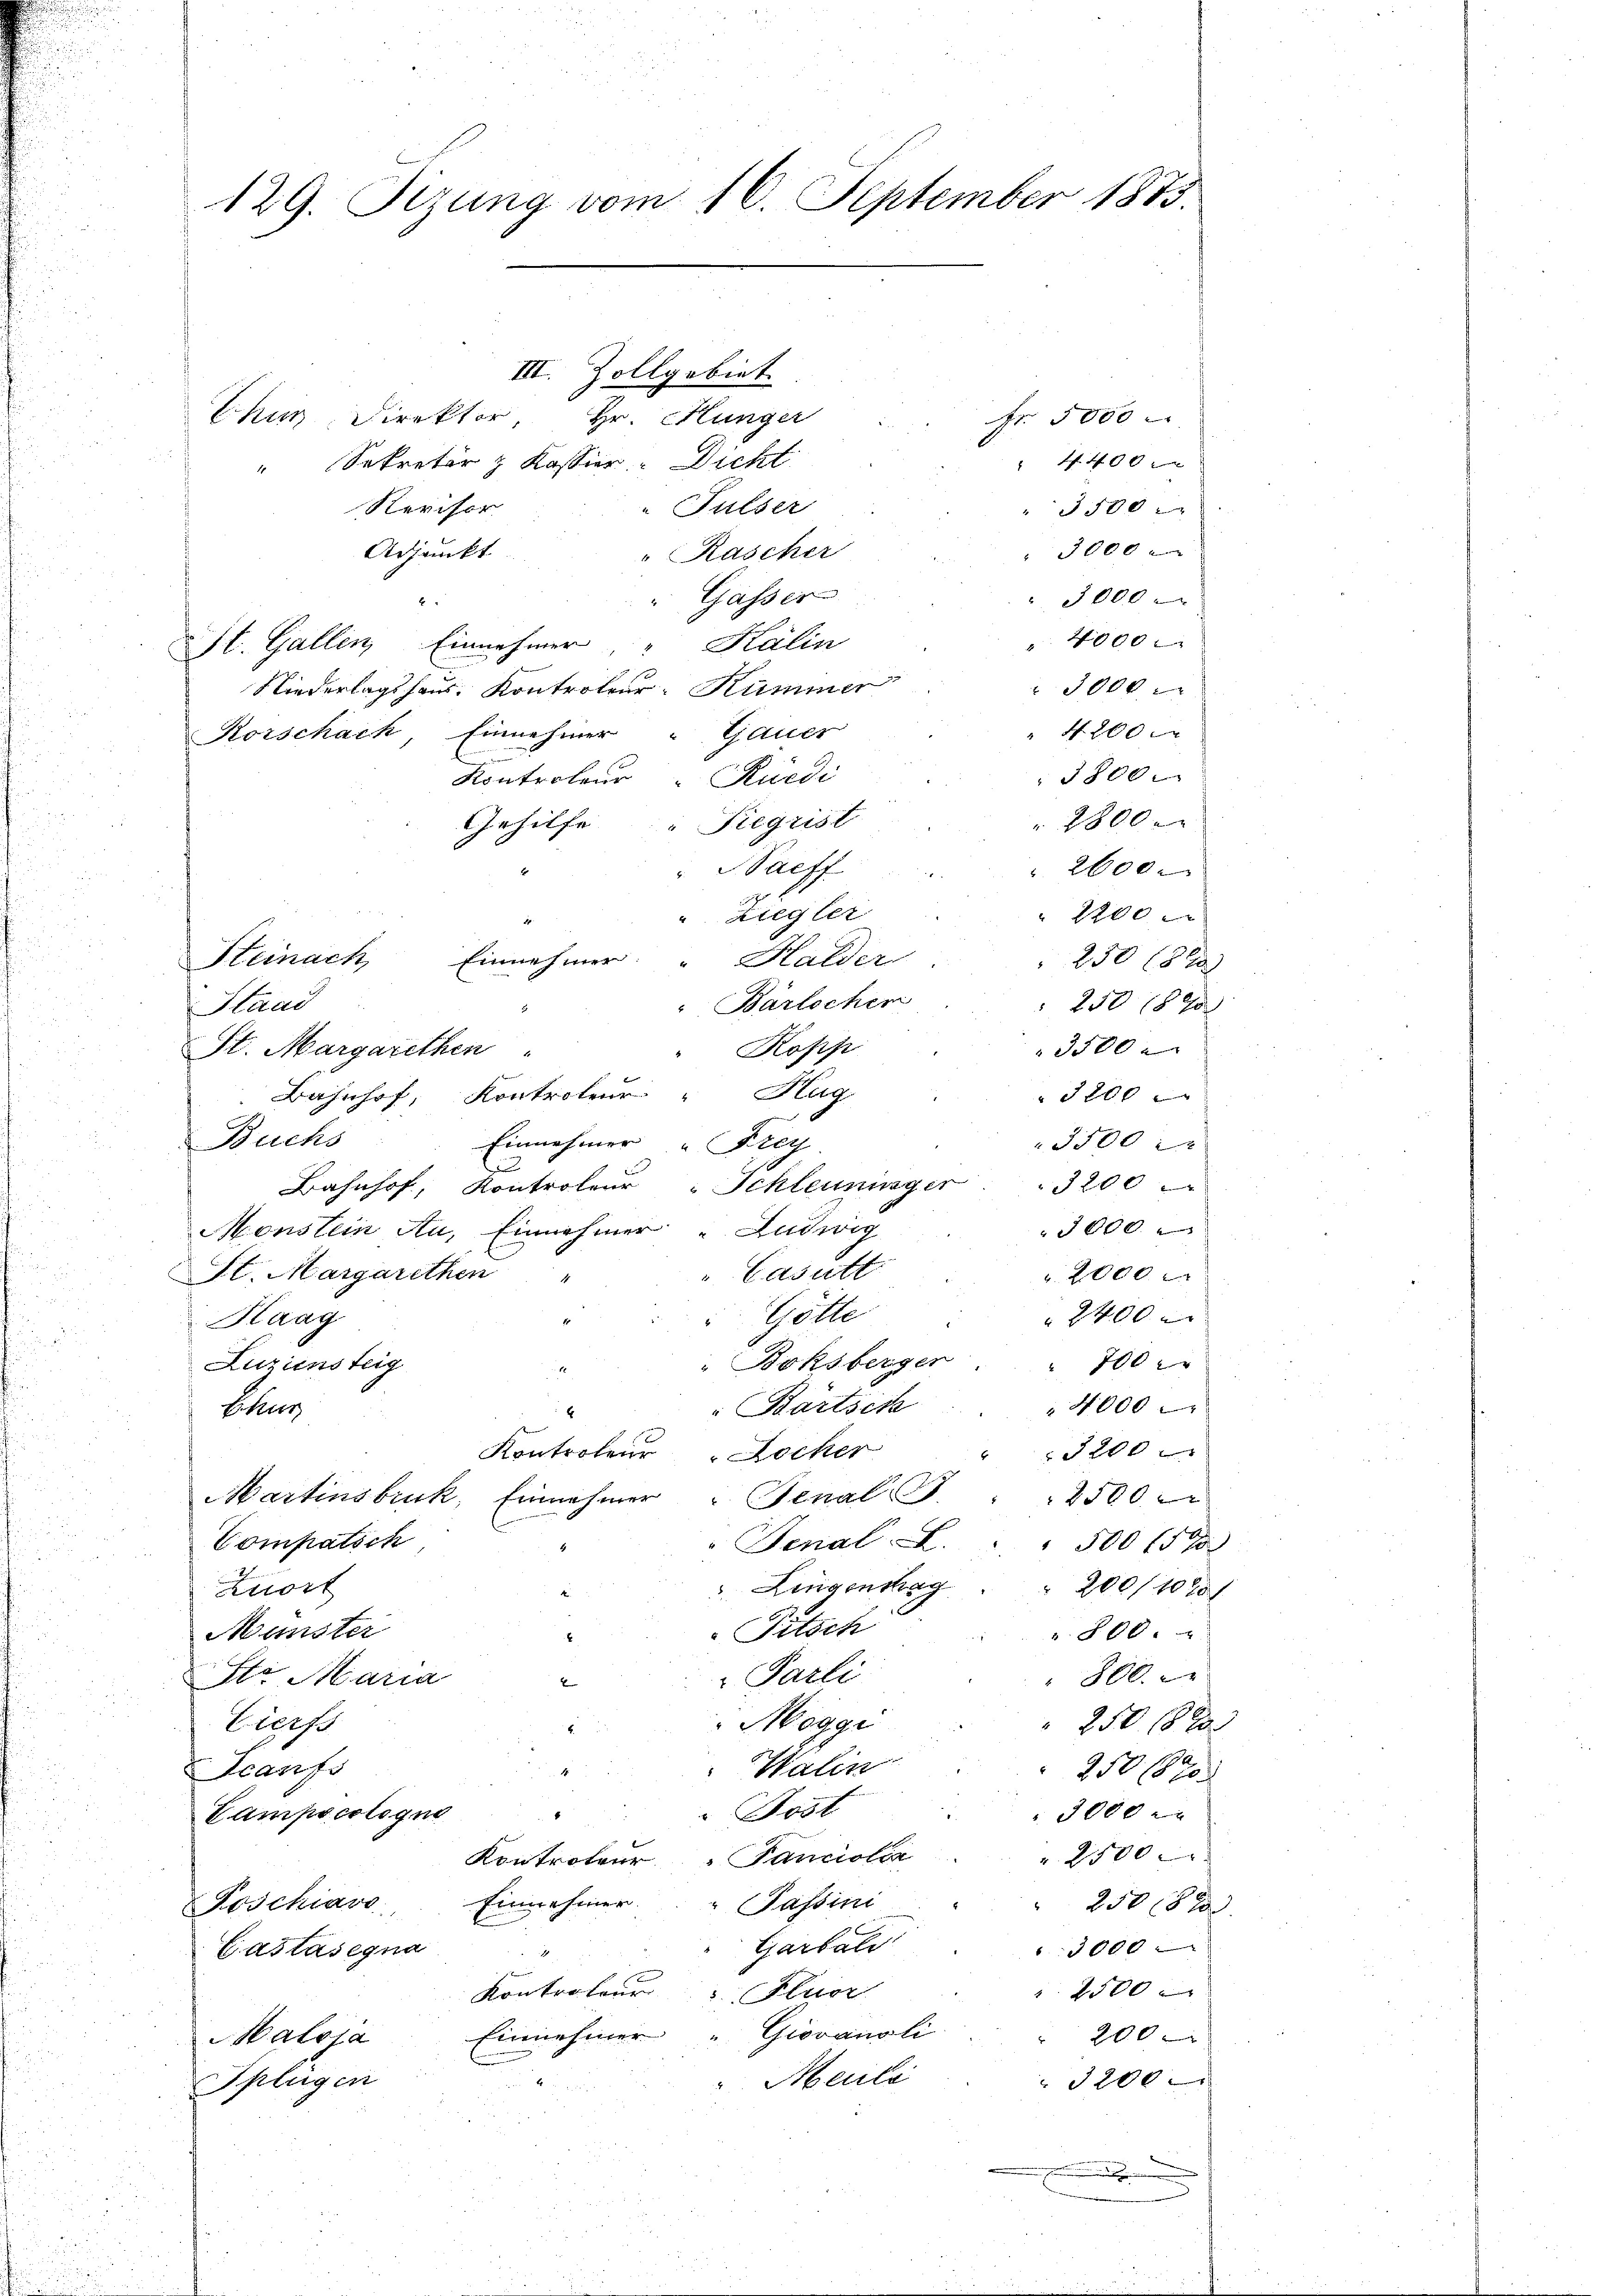
129. Sizung vom 16. September 1873.

III. Zollgebiet
Chur Direktor Hr. Hunger
Fr. 5000 . |
44 f 30 x
Sekretär z Kassier Dicht
Revisor
" Fulser
 3500
" 3000
Adjunkt
"Kascher
" Gasser
" 3000
4000 x
Kálin
St. Gallen Einnehmer
 3000
Niederlagshaus. Kontroler-Kümmer
 4200.
Korschach, Einnehmer " Gauer
3800.
Rüedi
Kontroleur
28000
Fiegrist
Gehilfe
Nachf
 2600
 2200
Ziegler
Einnehmer.  Halder
Steinach
250 189
" Bärlicher
 250 1890
Staad
3500
Kopp
St. Margarethen
3200
Bahnhof, Kontroler " Hag
Buchs
Einnehmer " Frey
3500
u
3200
Bahnhof, Kontroleur Schleuniger
3000.
Monstein Au, Einnehmer Ludwig
Casutt
St. Margarethen
2000
2400
Hölle
Haag
1
Boksberger
Luziensteig
" 700
.
 4000
: Bartsch
Ekur
3200
Kontroleur Locker
6
Martinsbruk, Einnahmer " GenalS. " " 2500
Compatsch,
"Fenal
 500 15 x
. Liegenstag . . 200/1070
Zuort
Pitsch
Manster
". 800.
800.
Parli
Str. Maria
4
Mogge
Cierfs
250 18 x
Halin
Scaufs
250670
Post
3000 x
Gampscologno
" 2500.
Kontroleur "Tanciolin
Foschiavo, Einnehmer.
Passini
250 f 2
Garbali
3000
Castasegna
2500
Kontrateur Flur
Einnehmer " Giovanoli
2000
Maloja
Meuli
3200
Splügen